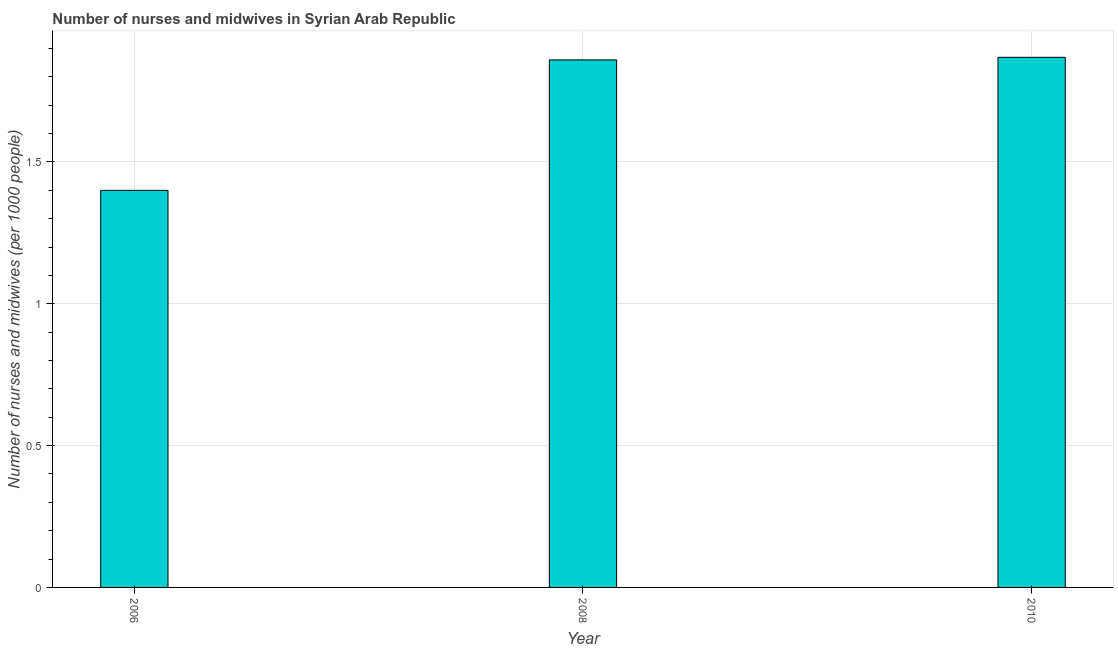
| Year | Nurses and midwives |
 | --- | --- |
 | 2006 | 1.4 |
 | 2008 | 1.86 |
 | 2010 | 1.87 |